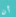
أن